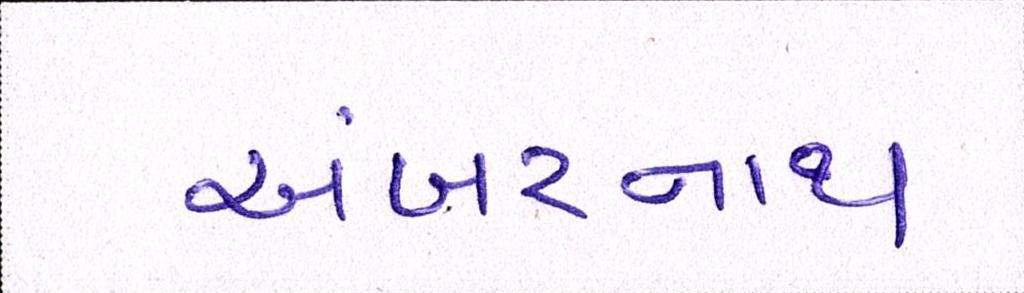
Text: અંબરનાથ